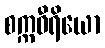
စက္ကဝီရိယော